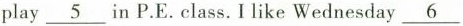
play \underline{5} in P.E.Class.Ilike Wednesday \underline{6}